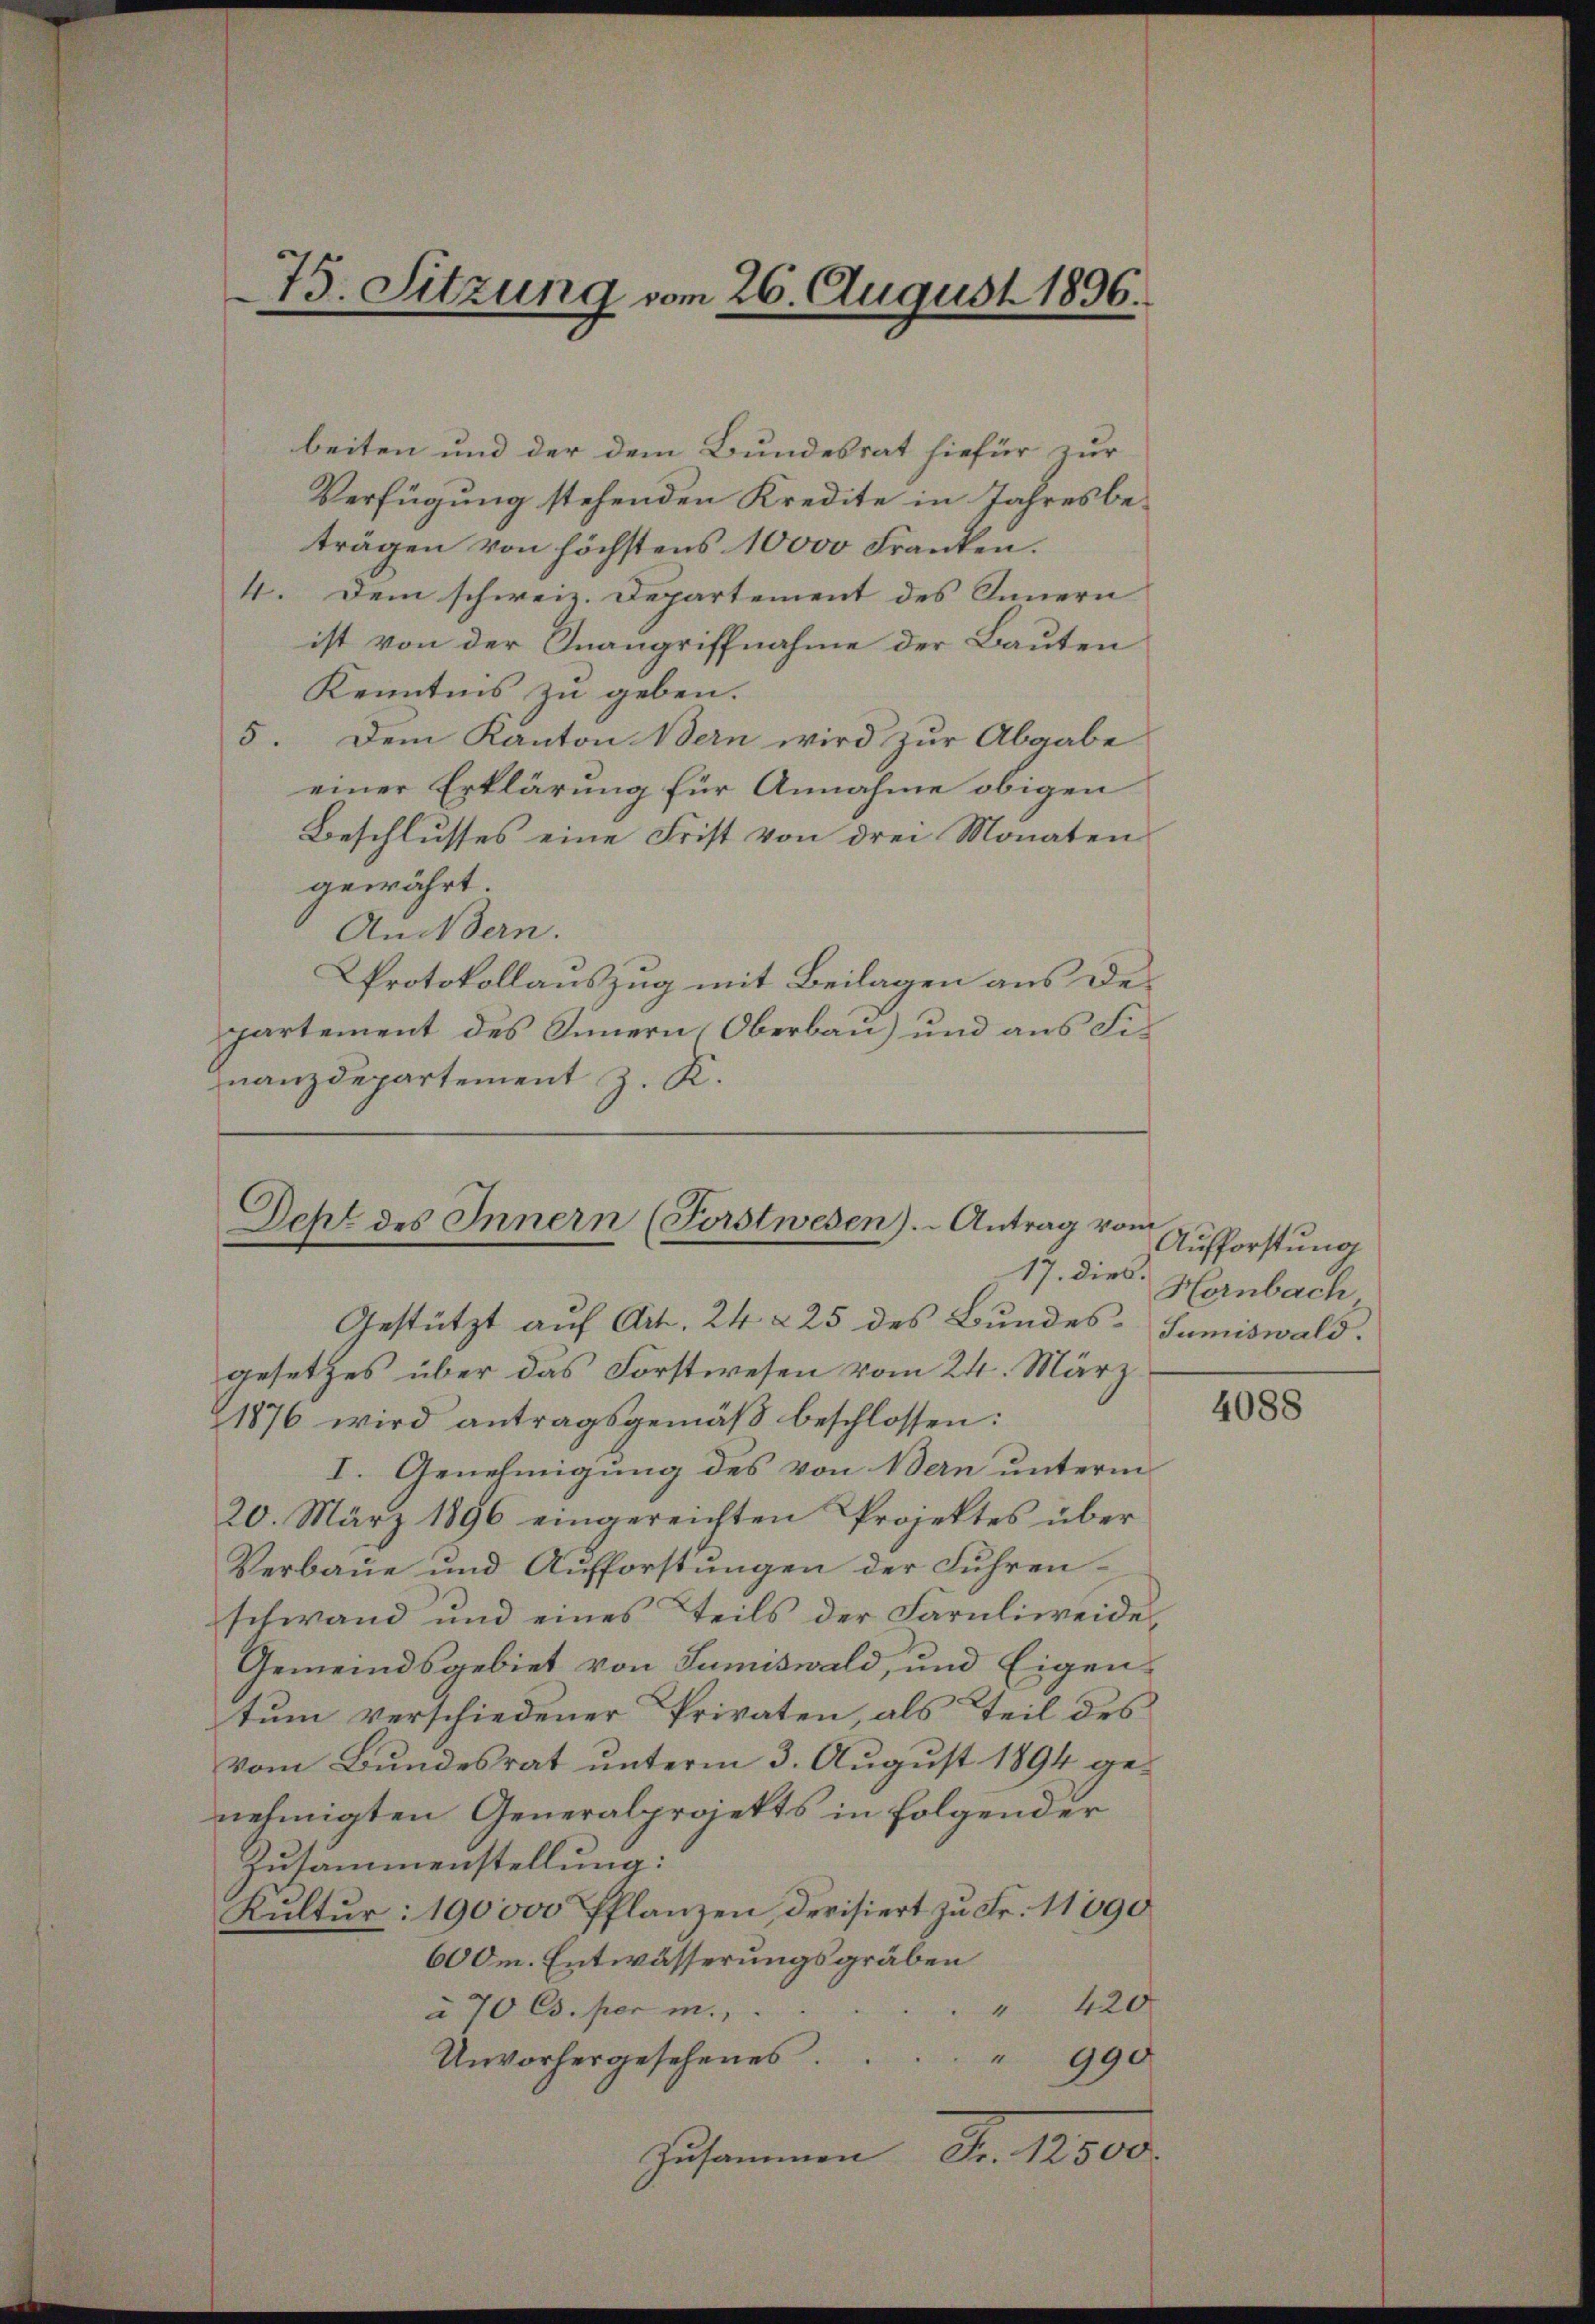
beiten und der dem Bundesrat hiefür zur
Verfügung stehenden Kredite in Jahresbe-
trägen von höchstens 10000 Franken.
4. Dem schweiz. Departement des Innern
ist von der Inangriffnahme der Bauten
Kenntnis zu geben.
5. Dem Kanton Bern wird zur Abgabe
einer Erklärung für Annahme obigen
Beschlusses eine Frist von drei Monaten
gewährt
Andern.
Protokollauszug mit Beilagen aus Departement des Innern, Oberbau) und aus Finanzdepartement z. K.

75. Sitzung vom 26. August 1896.

Deht des Innern (Forstwesen). Antrag vom
17. dies

Gestützt auf Art. 24 § 25 des Bundesgesetzes über das Forstwesen vom 24. März
1876 wird antragsgemäß beschlossen:
I. Genehmigung des von Bern unterm
20. März 1896 eingereichten Projektes über
Verbaue und Aufforstungen der Fuhrenschwand und eines Teils der Farnliweide,
Gemeindsgebiet von Sumiswald, und Eigen-
tum verschiedener Privaten, als Teil des
vom Bundesrat unterm 3. August 1894 genehmigten Generalprojekts in folgender
Zusammenstellung:
Kultur: 190000 Pflanzen, devisiert zu Fr. 11090
600m. Entwässerungsgräben
420
à 70 Cs. per m....
4
Unvorhergesehenes." 990
Zusammen Fr. 12500.

Aufforstung
Hornbach
Sumiswald.

4088